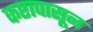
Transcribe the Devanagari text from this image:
कष्टापासून